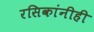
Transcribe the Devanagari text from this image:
रसिकांनीही